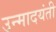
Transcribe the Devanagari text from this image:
उन्मादयंती